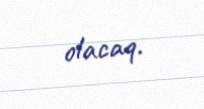
olacaq.